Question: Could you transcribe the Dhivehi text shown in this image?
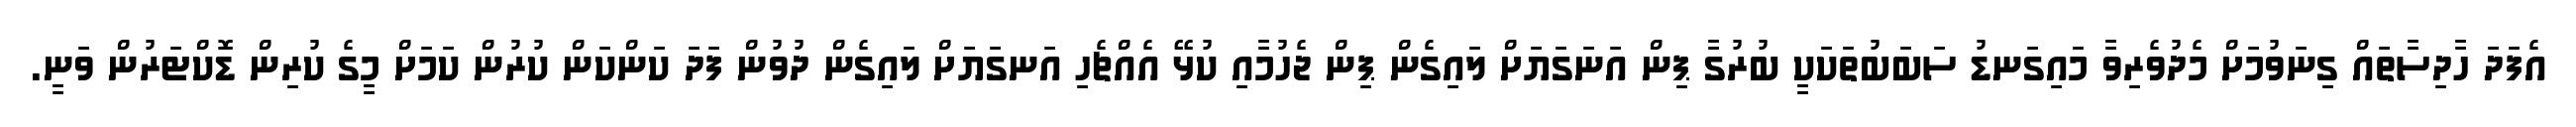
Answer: އެފަދަ ހާދިސާތައް ގިނަވުމަށް މެދުވެރިވާ މައިގަނޑު ސަބަބުތަކަކީ ބުރުގާ ޕިން އަނަގަޔަށް ލައިގެން ޕިން ޖެހުމާއި ކުޅޭ އެއްޗެހި އަނގަޔަށް ލައިގެން ދުވުން ފަދަ ކަންކަން ކުރުން ކަމަށް މީގެ ކުރިން ޑޮކްޓަރުން ވަނީ.